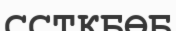
ССТКБӨБ